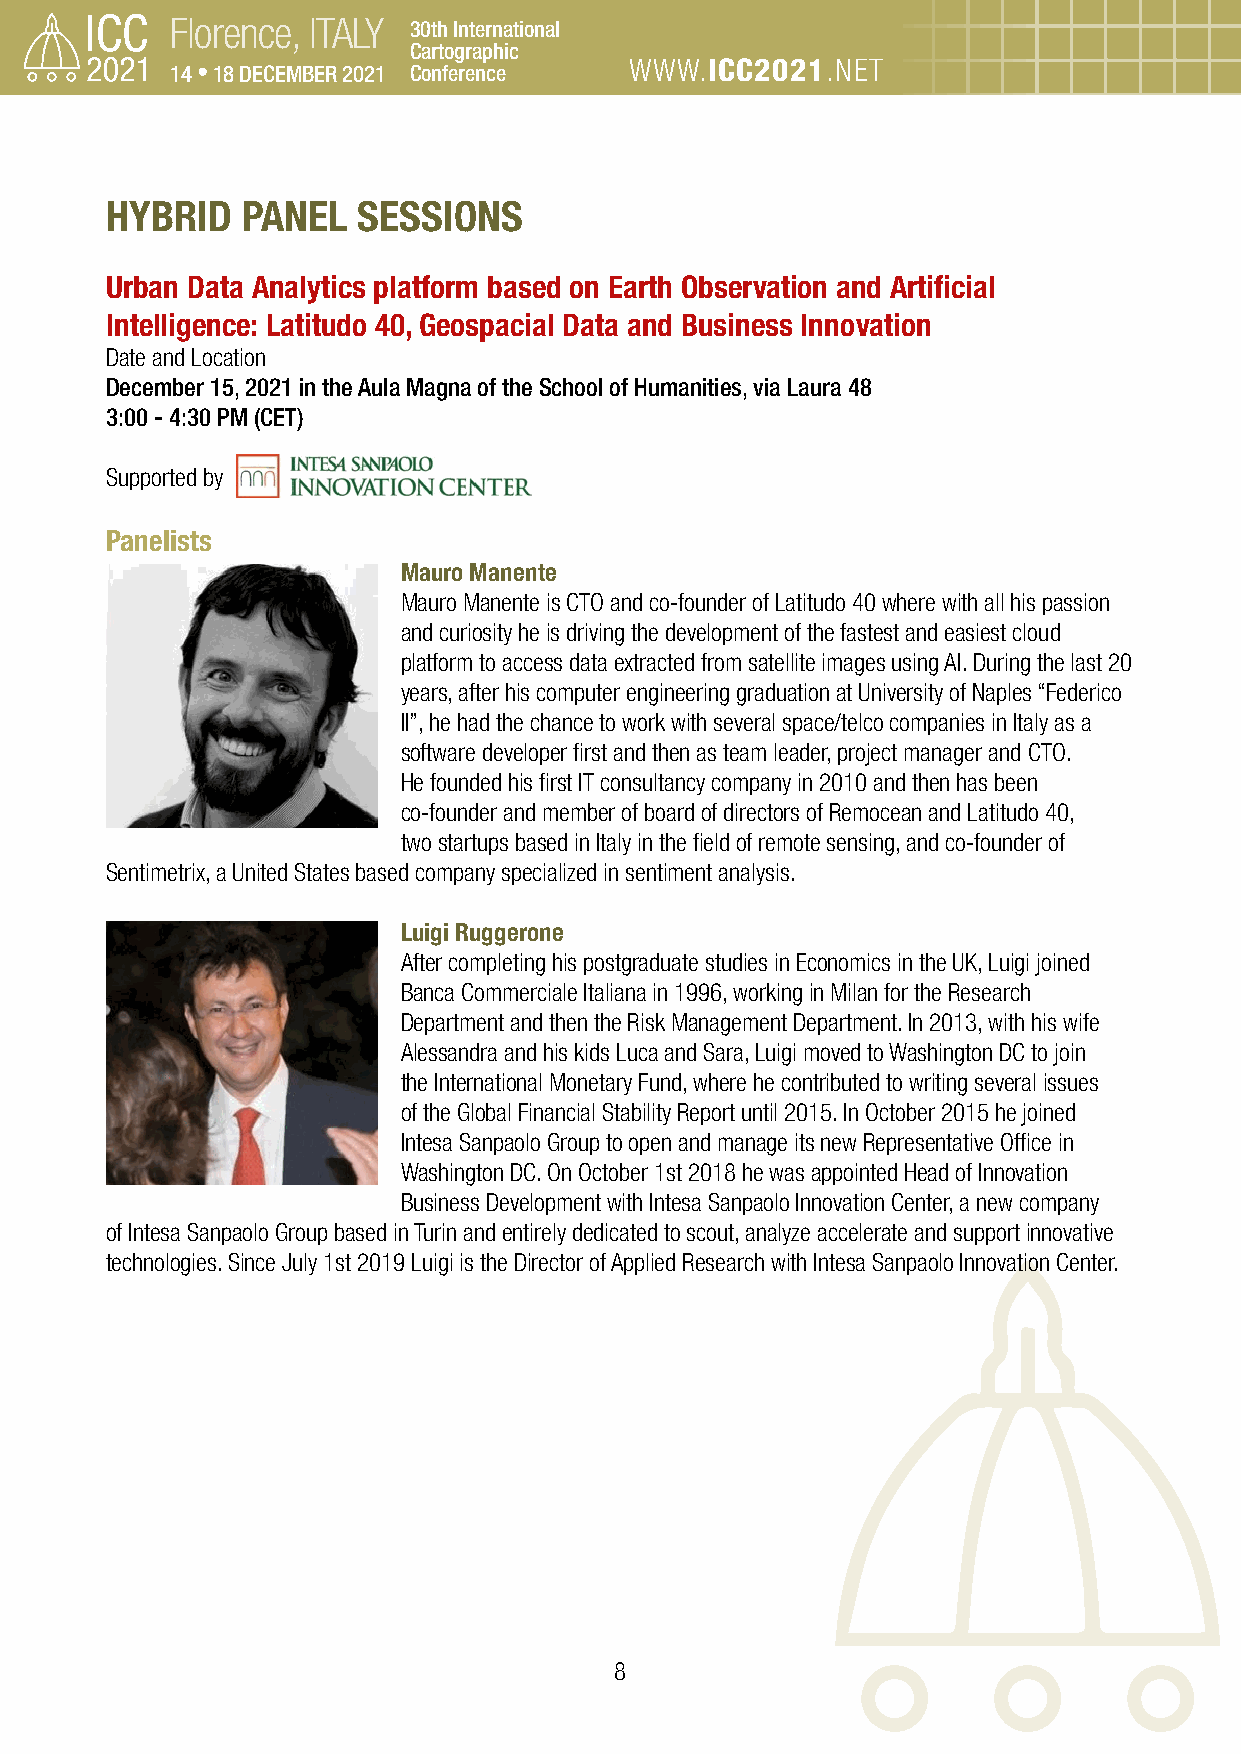
Florence, ITALY 30th International
 Cartographic
 14 • 18 DECEMBER 2021 Conference WWW.ICC2021.NET
 HYBRID   PANEL   SESSIONS
 Urban Data Analytics platform based on Earth Observation and Artificial
 Intelligence: Latitudo 40, Geospacial Data and Business Innovation
 Date and Location
 December 15, 2021 in the Aula Magna of the School of Humanities, via Laura 48
 3:00 - 4:30 PM (CET)
 Supported by
 Panelists
 Mauro Manente
 Mauro Manente is CTO and co-founder of Latitudo 40 where with all his passion
 and curiosity he is driving the development of the fastest and easiest cloud
 platform to access data extracted from satellite images using AI. During the last 20
 years, after his computer engineering graduation at University of Naples “Federico
 II”, he had the chance to work with several space/telco companies in Italy as a
 software developer first and then as team leader, project manager and CTO.
 He founded his first IT consultancy company in 2010 and then has been
 co-founder and member of board of directors of Remocean and Latitudo 40,
 two startups based in Italy in the field of remote sensing, and co-founder of
 Sentimetrix, a United States based company specialized in sentiment analysis.
 Luigi Ruggerone
 After completing his postgraduate studies in Economics in the UK, Luigi joined
 Banca Commerciale Italiana in 1996, working in Milan for the Research
 Department and then the Risk Management Department. In 2013, with his wife
 Alessandra and his kids Luca and Sara, Luigi moved to Washington DC to join
 the International Monetary Fund, where he contributed to writing several issues
 of the Global Financial Stability Report until 2015. In October 2015 he joined
 Intesa Sanpaolo Group to open and manage its new Representative Office in
 Washington DC. On October 1st 2018 he was appointed Head of Innovation
 Business Development with Intesa Sanpaolo Innovation Center, a new company
 of Intesa Sanpaolo Group based in Turin and entirely dedicated to scout, analyze accelerate and support innovative
 technologies. Since July 1st 2019 Luigi is the Director of Applied Research with Intesa Sanpaolo Innovation Center.
 8